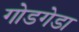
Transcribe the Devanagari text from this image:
गोडगेडा